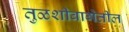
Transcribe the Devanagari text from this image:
तुळशीबागेतील